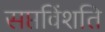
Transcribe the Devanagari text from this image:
सप्तविंशति